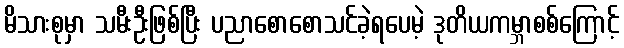
မိသားစုမှာ သမီးဦးဖြစ်ပြီး ပညာစောစောသင်ခဲ့ရပေမဲ့ ဒုတိယကမ္ဘာစစ်ကြောင့်